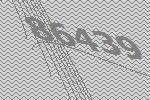
86439